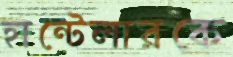
হান্টেলারকে